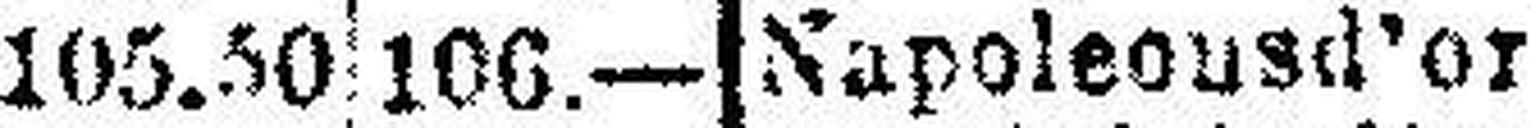
Napoleousd’or